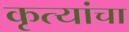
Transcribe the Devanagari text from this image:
कृत्यांचा